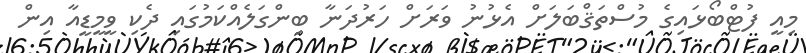
މިއީ ފުޓްބޯޅައިގެ މުސްތަޤްބަލަށް އެޅުނު ވަރަށް ހަރުދަނާ ބިންގަލެއްކަމުގައި ދެކި ވީމީޑީއާ އިން